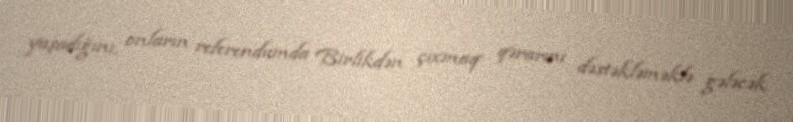
yaşadığını, onların referendumda Birlikdən çıxmaq qərarını dəstəkləməklə gələcək